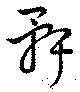
骭